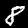
Digit: 8